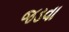
જડવા